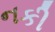
નકી